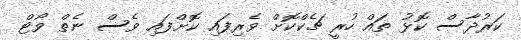
ކަރުދާސް ކޮޅު ތައް ހުރީ ޗެކްކޮށް ވެރިފައި ކޮށްފައި ވެސް ނެތް ވޯޓް